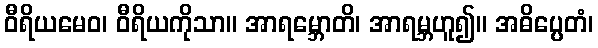
ဝီရိယမေဝ၊ ဝီရိယကိုသာ။ အာရမ္ဘောတိ၊ အာရမ္ဘဟူ၍။ အဓိပ္ပေတံ၊